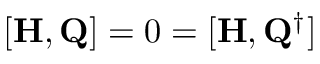
[ { \bf H } , { \bf Q } ] = 0 = [ { \bf H } , { \bf Q } ^ { \dag } ]